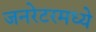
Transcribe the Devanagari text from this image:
जनरेटरमध्ये